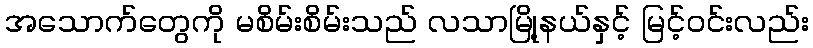
အသောက်တွေကို မစိမ်းစိမ်းသည် လသာမြို့နယ်နှင့် မြင့်ဝင်းလည်း